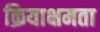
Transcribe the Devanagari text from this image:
क्रियाक्षमता